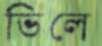
ভিলে